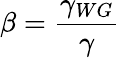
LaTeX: \beta=\frac{\gamma_{WG}}{\gamma}